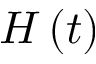
H \left( t \right)